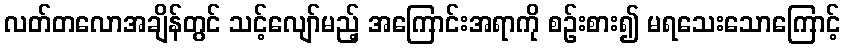
လတ်တလောအချိန်တွင် သင့်လျော်မည့် အကြောင်းအရာကို စဉ်းစား၍ မရသေးသောကြောင့်